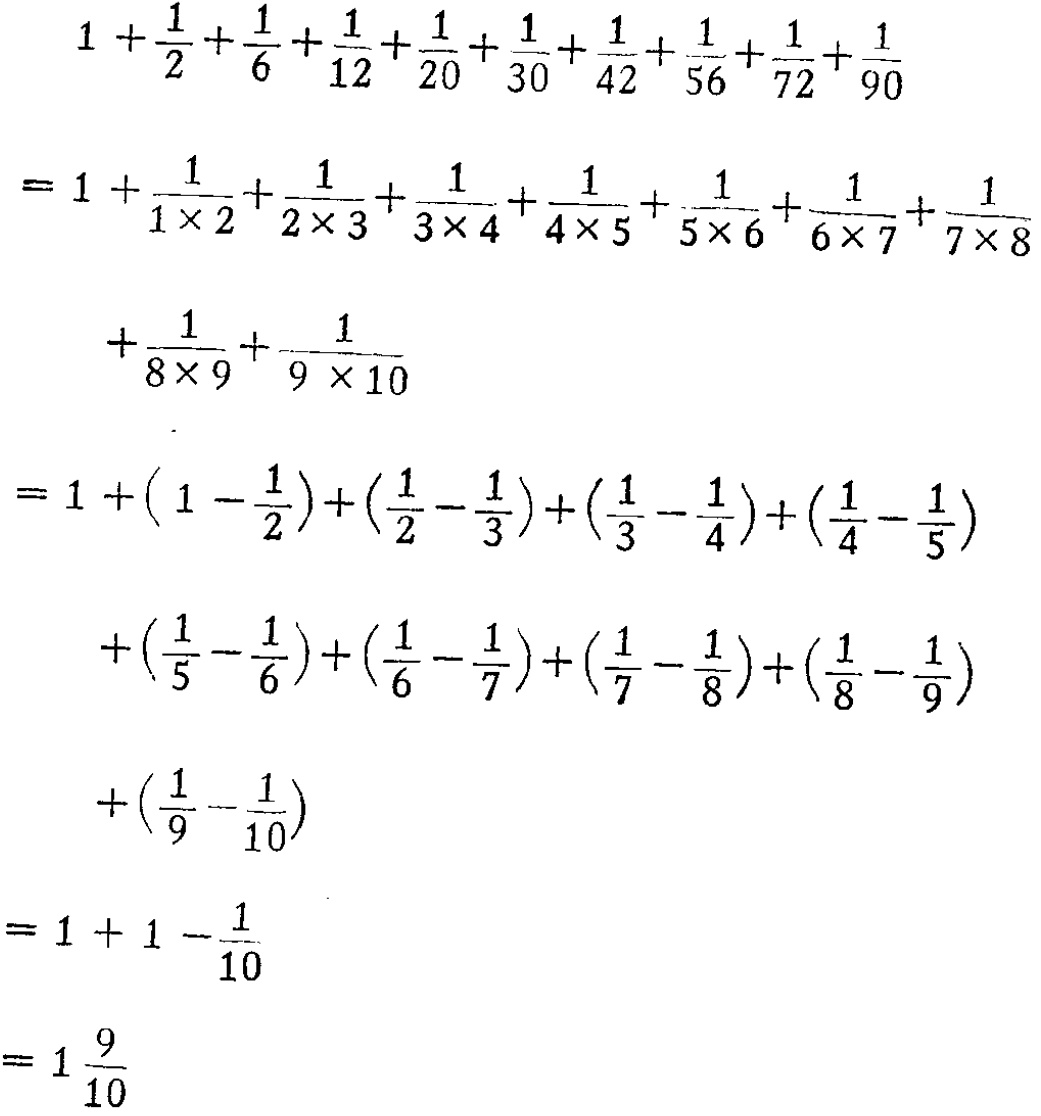
\[

\begin{align*}

&1+\frac{1}{2}+\frac{1}{6}+\frac{1}{12}+\frac{1}{20}+\frac{1}{30}+\frac{1}{42}+\frac{1}{56}+\frac{1}{72}+\frac{1}{90}\\

=&1+\frac{1}{1\times2}+\frac{1}{2\times3}+\frac{1}{3\times4}+\frac{1}{4\times5}+\frac{1}{5\times6}+\frac{1}{6\times7}+\frac{1}{7\times8}+\frac{1}{8\times9}+\frac{1}{9\times10}\\

=&1+(1 - \frac{1}{2})+(\frac{1}{2}-\frac{1}{3})+(\frac{1}{3}-\frac{1}{4})+(\frac{1}{4}-\frac{1}{5})+(\frac{1}{5}-\frac{1}{6})+(\frac{1}{6}-\frac{1}{7})+(\frac{1}{7}-\frac{1}{8})+(\frac{1}{8}-\frac{1}{9})+(\frac{1}{9}-\frac{1}{10})\\

=&1 + 1-\frac{1}{10}\\

=&1\frac{9}{10}

\end{align*}

\]